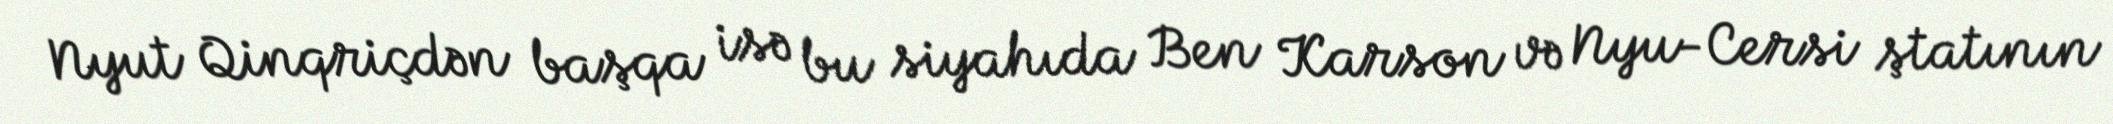
Nyut Qinqriçdən başqa isə bu siyahıda Ben Karson və Nyu-Cersi ştatının